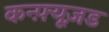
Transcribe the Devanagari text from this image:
कन्फ़्यूज़ड